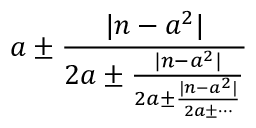
a \pm { \frac { | n - a ^ { 2 } | } { 2 a \pm { \frac { | n - a ^ { 2 } | } { 2 a \pm { \frac { | n - a ^ { 2 } | } { 2 a \pm \cdots } } } } } }